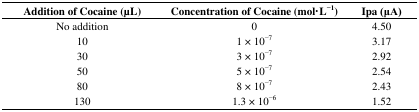
| Addition of Cocaine (μL) | Concentration of Cocaine (mol·L−1) | Ipa (μA) |
 | --- | --- | --- |
 | No addition | 0 | 4.50 |
 | 10 | 1 × 10−7 | 3.17 |
 | 30 | 3 × 10−7 | 2.92 |
 | 50 | 5 × 10−7 | 2.54 |
 | 80 | 8 × 10−7 | 2.43 |
 | 130 | 1.3 × 10−6 | 1.52 |